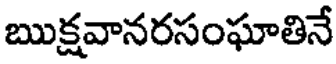
ఋక్షవానరసంఘాతినే